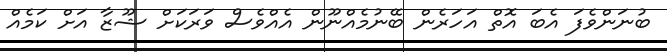
ބުނަންވެފަ އެބަ އޮތް އަހަރެން ބޭނުމެއްނޫން އެއްވެސް ވަރަކަށް ޝޫޒާ އަށް ކަމެއް